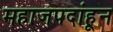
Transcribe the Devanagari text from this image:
महाजपदांहून